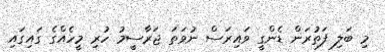
މި ބަލި ފަތުރަން ޑެންގީ ވައިރަސް ނުވަތަ ޖަރާސީމު ހުރި މީހެއްގެ ގައިގައި